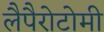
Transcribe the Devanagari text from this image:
लैपैरोटोमी